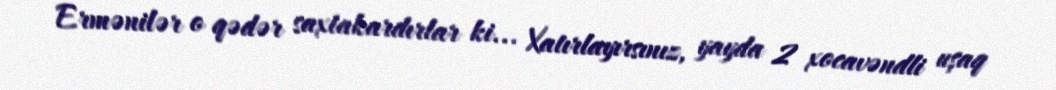
Ermənilər o qədər saxtakardırlar ki... Xatırlayırsınız, yayda 2 xocavəndli uşaq